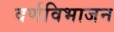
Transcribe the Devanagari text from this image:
वर्णविभाजन